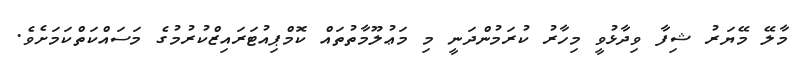
މާލޭ މޭޔަރު ޝިފާ ވިދާޅުވީ މިހާރު ކުރަމުންދަނީ މި މަޢުލޫމާތުތައް ކޮމްޕިއުޓަރައިޒްކުރުމުގެ މަސައްކަތްކަމަށެެވެ.